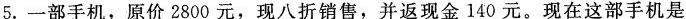
5.一部手机，原价2800元，现八折销售，并返现金140元。现在这部手机是